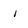
Character: i